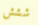
ششش